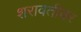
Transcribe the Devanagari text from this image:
शरावतीवर